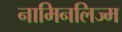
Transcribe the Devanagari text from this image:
नामिनलिज्म